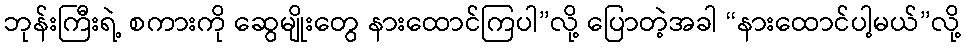
ဘုန်းကြီးရဲ့ စကားကို ဆွေမျိုးတွေ နားထောင်ကြပါ”လို့ ပြောတဲ့အခါ “နားထောင်ပါ့မယ်”လို့